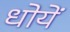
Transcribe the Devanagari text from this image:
धोयें